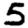
Digit: 5